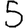
Digit: 5